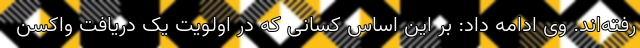
رفته‌اند. وی ادامه داد: بر این اساس کسانی که در اولویت یک دریافت واکسن